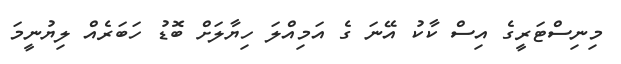
މިނިސްޓަރީގެ އިސް ކާކު އޭނަ ގެ އަމިއްލަ ހިޔާލަށް ބޮޑު ހަބަރެއް ލިޔުނީމަ